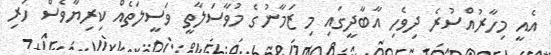
އެއީ މިހާރުއްސުރެ ދިވެހި އާބާދީގައި މި ޒަމާނުގެ މުވާސަލާތީ ވަސީލަތެއް ކިރިޔާވެސް ހުރި